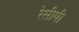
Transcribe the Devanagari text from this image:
रेसीपी